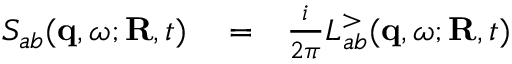
\begin{array} { r l r } { S _ { a b } ( { \bf q } , \omega ; { \bf R } , t ) } & { { } = } & { \frac { i } { 2 \pi } L _ { a b } ^ { > } ( { \bf q } , \omega ; { \bf R } , t ) } \end{array}